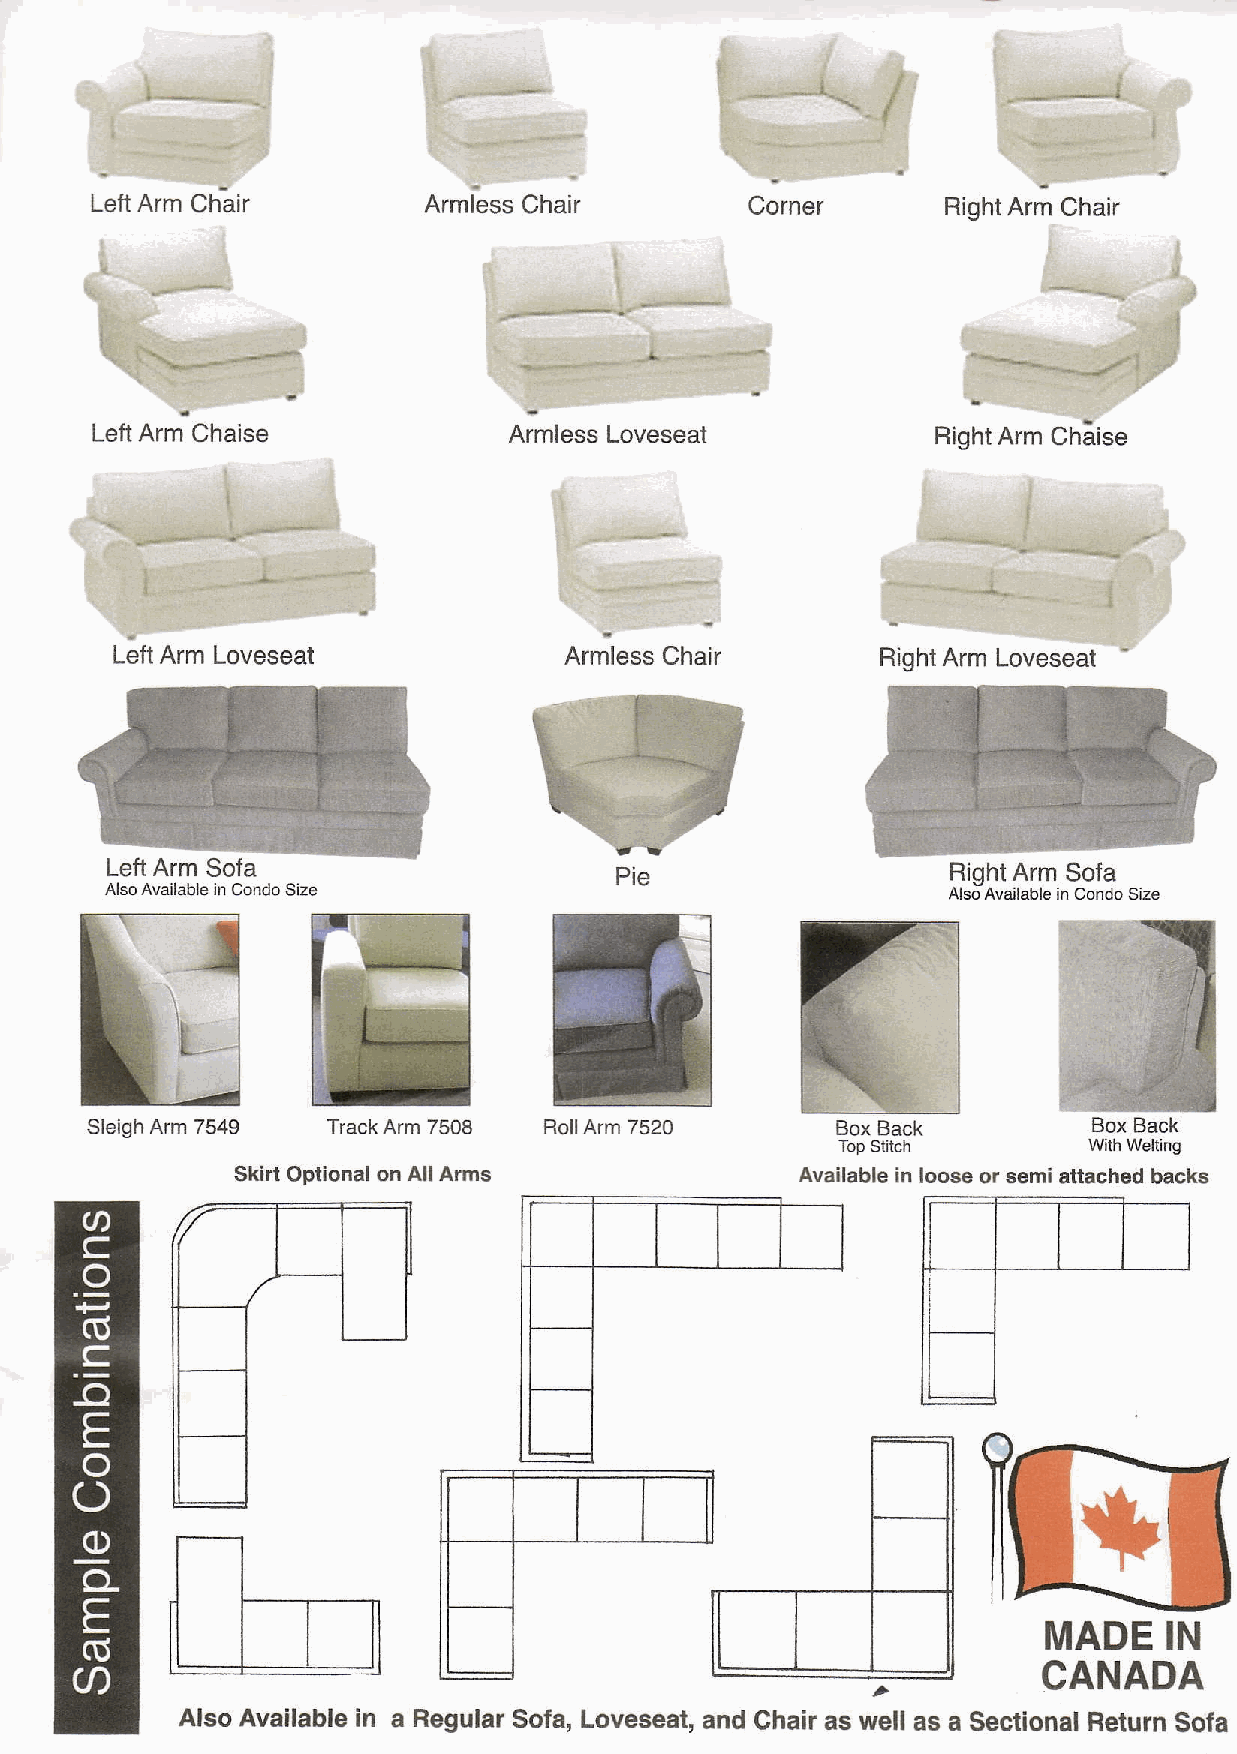
*.*-;
 /
 -{
 LeftA rmC hair        ArmLssC hair          Corner       RightArmC hair
 '\
 tl
 ---"-t
 Le{tA rmC haise             ArmlessL oveseat            RightA rm Chaise
 :
 t6t nrm Loveseat             ArmlessC hair        RightA rmL oveseat -
 SleighA rm 7549 TrackA rm7 508 RollA rm 7520     Box Back         Box Back
 Top Stitch      With Welting
 SkirtO otionaol n All Arms           Availablei n loose or semi attached backs
 MADEI    N
 CANADA
 Also Availablei n a RegularS ofa,L oveseata, nd Chaira s well as a SectionalR eturnS ofa